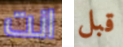
انت قبل